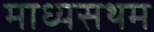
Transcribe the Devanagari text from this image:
माध्यसथम